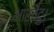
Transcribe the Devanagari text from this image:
भारतेंदु।